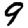
Digit: 9